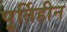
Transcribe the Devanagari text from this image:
पूर्तिहीन